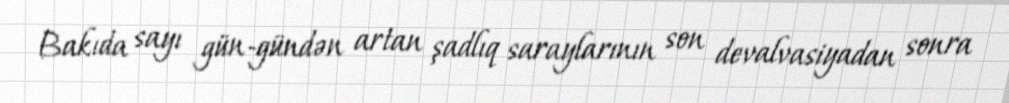
Bakıda sayı gün-gündən artan şadlıq saraylarının son devalvasiyadan sonra